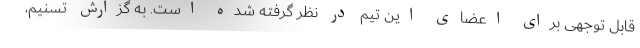
قابل توجهی برای اعضای این تیم در نظر گرفته شده است. به گزارش تسنیم،